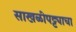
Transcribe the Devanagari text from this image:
साखळीपट्ट्याचा